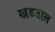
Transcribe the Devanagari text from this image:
खडताल